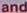
and